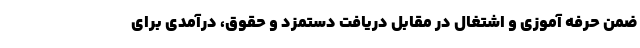
ضمن حرفه آموزی و اشتغال در مقابل دریافت دستمزد و حقوق، درآمدی برای